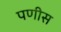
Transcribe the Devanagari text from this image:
पणीस